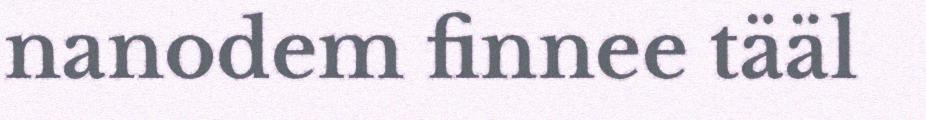
nanodem finnee tääl